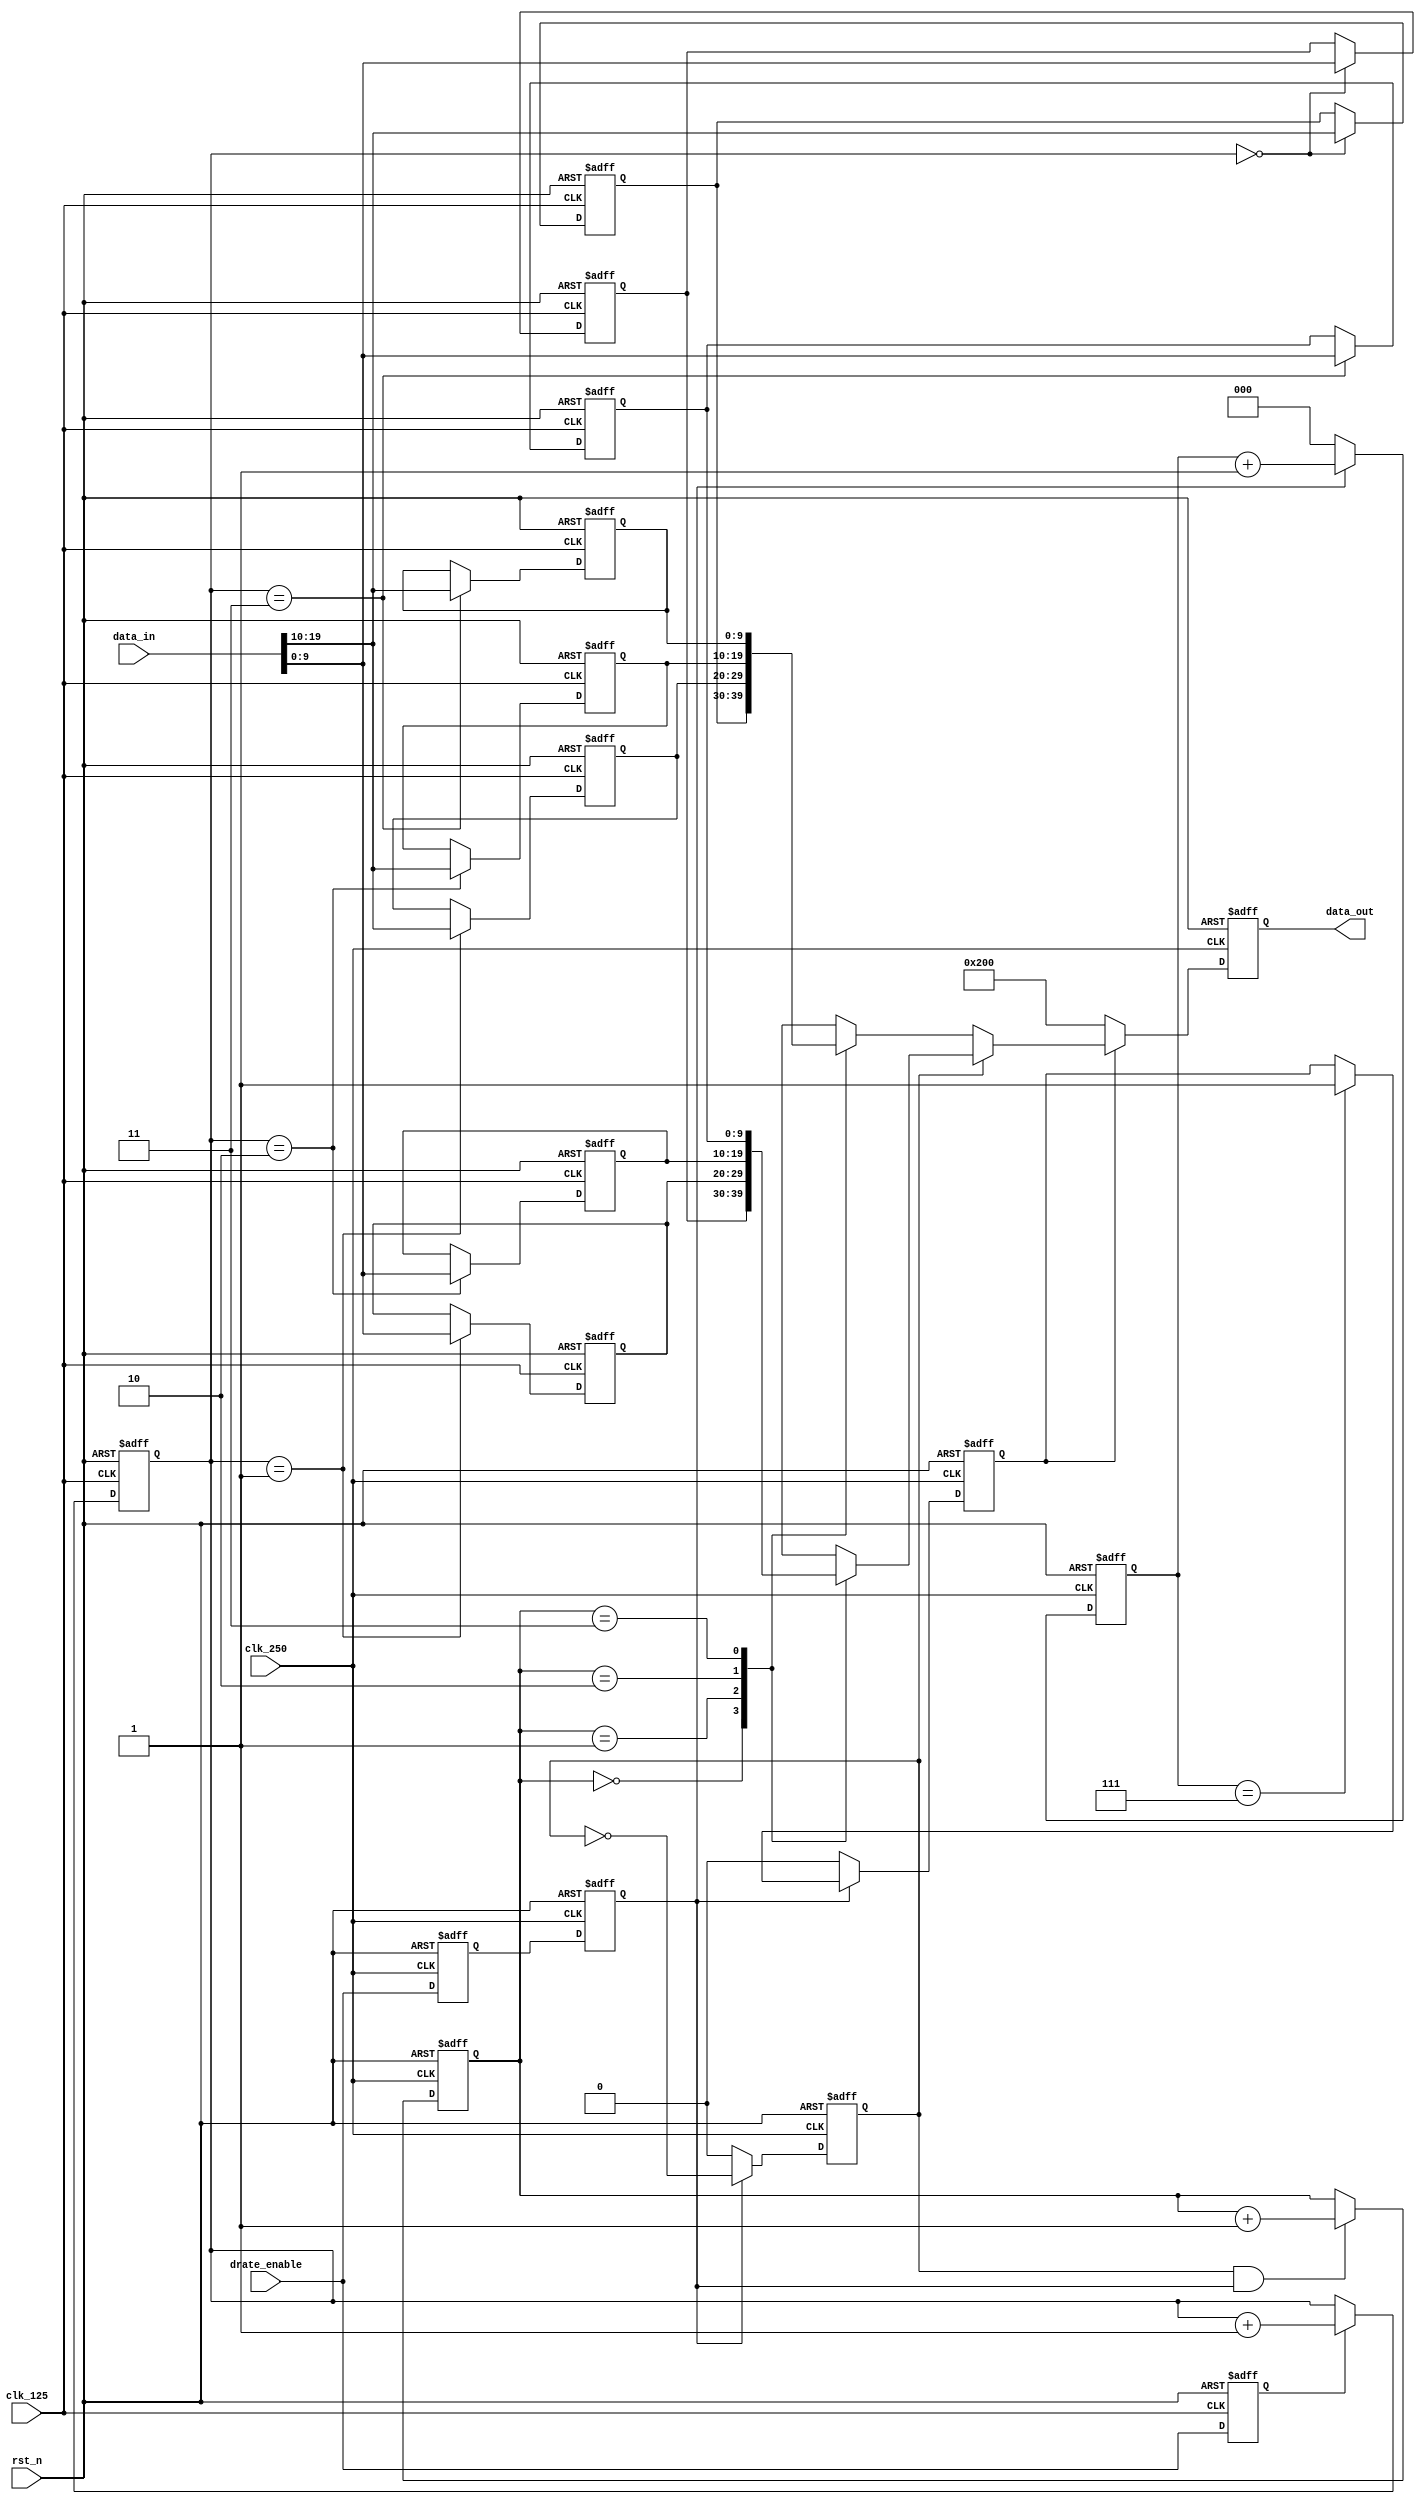
module tx_gear #(
                parameter GWIDTH = 20
                ) 
   (
   input wire                clk_125 ,    // 125 Mhz clock.
   input wire                clk_250 ,    // 250 Mhz clock.
   input wire                rst_n ,      // asynchronous system reset.

   input wire                drate_enable,  //Enable for Counters
   input wire [GWIDTH-1:0]   data_in ,    // Data In

   output reg [GWIDTH/2-1:0] data_out     // Data Out
   );
// =============================================================================

reg [1:0]                 wr_pntr;    // Write Pointer
reg [1:0]                 rd_pntr;    // Read Pointer
reg                       rd_en;      // Read Pointer Enable

wire [GWIDTH/2-1:0]       rd_data0;   // Read Data
wire [GWIDTH/2-1:0]       rd_data1;   // Read Data

integer                   i;
integer                   j;

// RAM's : Expected to inferred as distributed ram
reg [GWIDTH/2-1:0]        rf_0[0:3] ;
reg [GWIDTH/2-1:0]        rf_1[0:3] ;

reg                       drate_f0 /* synthesis syn_srlstyle="registers" */;
reg                       drate_f1 /* synthesis syn_srlstyle="registers" */;
reg                       drate_s0;

reg                       rd_enable;
reg[2:0]                  rd_cnt;

//synchronize drate_enable to 250mhz clock
always @(posedge clk_250, negedge rst_n) begin 
   if (!rst_n) begin
      drate_f0 <= 1'b0;
      drate_f1 <= 1'b0;
   end
   else begin
      drate_f0 <= drate_enable;
      drate_f1 <= drate_f0;
   end
end

// delay drate_enable by a 125mhz clock 
// to adjust synchronizer delay
always @(posedge clk_125, negedge rst_n) begin 
   if (!rst_n)
      drate_s0 <= 1'b0;
   else 
      drate_s0 <= drate_enable;
end

// =============================================================================
// Write 8 bits each into different memories out of incomming 
// 16 bits data at 125 Mhz.
// Read 8 bits of data, alternatively from each memory at 250 Mhz.
// =============================================================================

// Write Pointer
always @(posedge clk_125, negedge rst_n) begin 
   if (!rst_n)
      wr_pntr <= 2'b00;
   else if(drate_s0)
      wr_pntr <= wr_pntr + 2'b01;
   else
      wr_pntr <= wr_pntr;
end

// Read Pointer Enable for half-rate 
always @(posedge clk_250, negedge rst_n) begin 
   if (!rst_n)
      rd_en <= 1'b0;
   else if(~drate_f1)
      rd_en <= 1'b0;
   else
      rd_en <= ~rd_en;
end

// Read Pointer
always @(posedge clk_250, negedge rst_n) begin 
   if (!rst_n)
      rd_pntr <= 2'b10;
   else if (rd_en & drate_f1)
      rd_pntr <= rd_pntr + 2'b01;
end

// Output Data Select
always @(posedge clk_250, negedge rst_n) begin 
   if (!rst_n)
      data_out <= 0;
   else begin
      if(rd_enable) 
         data_out <= rd_en ? rd_data0 : rd_data1;
      else
         data_out <= 10'b1000000000; // Bit 9 is TxElecIdle
   end
end

// =============================================================================


always @(posedge clk_125, negedge rst_n) begin 
   if (!rst_n)
      for (i=0;i<=3;i=i+1) 
         rf_0[i] <= 0;
   else 
      rf_0[wr_pntr] <= data_in[GWIDTH/2-1:0] ;
end
assign rd_data0 = rf_0[rd_pntr] ;

always @(posedge clk_125, negedge rst_n) begin 
   if (!rst_n)
      for (j=0;j<=3;j=j+1) 
         rf_1[j] <= 0;
   else 
      rf_1[wr_pntr] <= data_in[GWIDTH-1:GWIDTH/2] ;
end
assign rd_data1 = rf_1[rd_pntr] ;

// =============================================================================
// Avoid RESET data from Dist. Memory
// Take Read data after Writing, until then EI is HIGH
// Wait for 8 (250 Mhz) clks after enable
// =============================================================================
always @(posedge clk_250, negedge rst_n) begin 
   if (!rst_n) begin
      rd_cnt    <= 3'b000;
      rd_enable <= 1'b0;
   end
   else begin
      if(drate_f1)
         rd_cnt <= rd_cnt + 3'b001;
      else
         rd_cnt <= 3'b000;

      if(~drate_f1)
         rd_enable <= 1'b0;
      else if(rd_cnt == 3'b111) 
         rd_enable <= 1'b1;
   end
end

endmodule